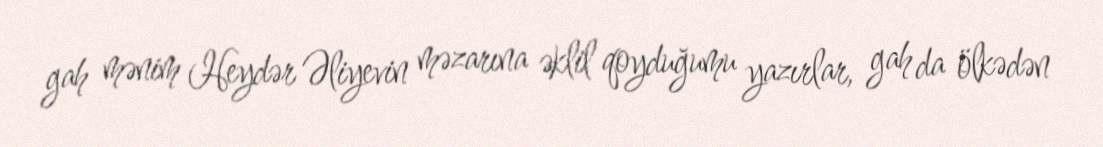
gah mənim Heydər Əliyevin məzarına əklil qoyduğumu yazırlar, gah da ölkədən